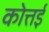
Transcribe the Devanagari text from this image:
कोत्तई